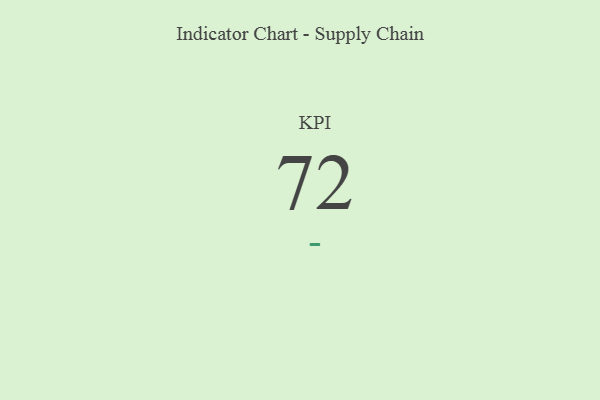
{"axis": {"x": "KPI", "y": "Value"}, "legend": [""], "data": [{"x": "KPI", "y": 72, "type": ""}]}